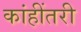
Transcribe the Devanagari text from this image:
कांहींतरी